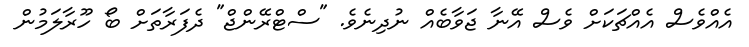
އެއްވެސް އެއްޗަކަށް ވެސް އޭނާ ޖަވާބެއް ނުދިނެވެ. "ސްޓްރޭންޖް" ދެފަރާތަށް ބޯ ހޫރާލަމުން